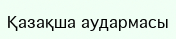
Қазақша аудармасы